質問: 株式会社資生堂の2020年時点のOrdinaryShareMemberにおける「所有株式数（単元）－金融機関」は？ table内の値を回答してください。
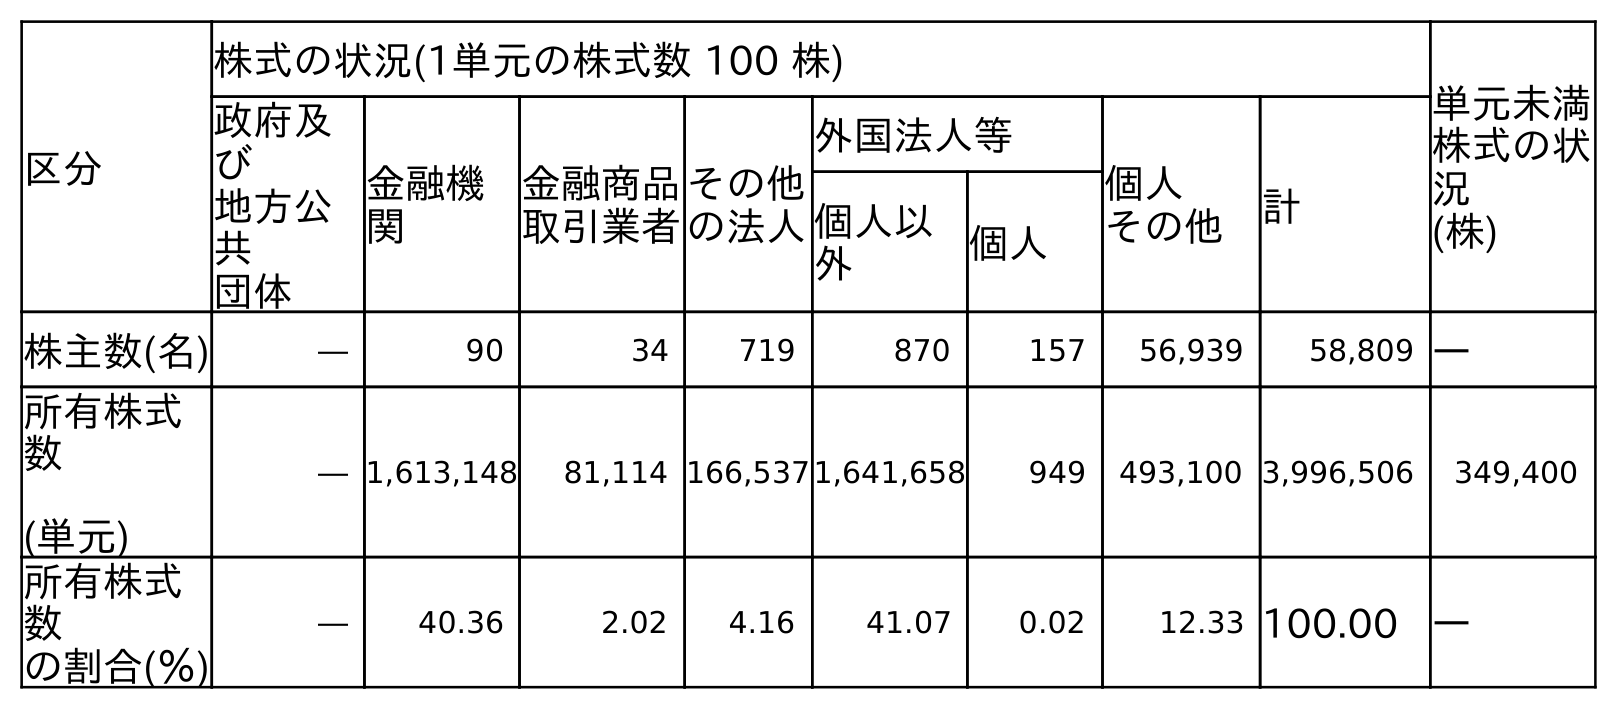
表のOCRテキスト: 区分 株式の状況(1単元の株式数 100 株) 単元未満 株式の状 況 (株) 政府及 び 地方公 共 団体 金融機 関 金融商品 取引業者 その他 の法人 外国法人等 個人 その他 計 個人以 外 個人 株主数(名) ― 90 34 719 870 157 56,939 58,809 ― 所有株式 数 (単元) ― 1,613,148 81,114 166,5371,641,658 949 493,100 3,996,506 349,400 所有株式 数 の割合(％) ― 40.36 2.02 4.16 41.07 0.02 12.33 100.00 ―
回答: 1,613,148